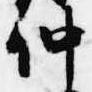
仲